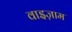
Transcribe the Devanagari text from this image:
वाइज़ाम